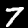
Digit: 7